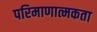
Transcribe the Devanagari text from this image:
परिमाणात्मकता